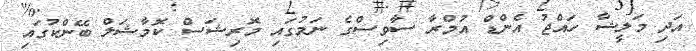
އަދި މަލީޝާ ހައްޖު އެންޑް އުމްރާ ސާވިސްގެ ނަމުގައި މޮރިޝަސް ކޮމާޝަލް ބޭންކުގައި